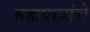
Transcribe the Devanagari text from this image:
महापात्रांचे